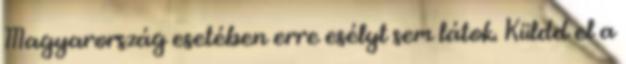
Magyarország esetében erre esélyt sem látok. Küldd el a